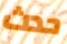
حدث